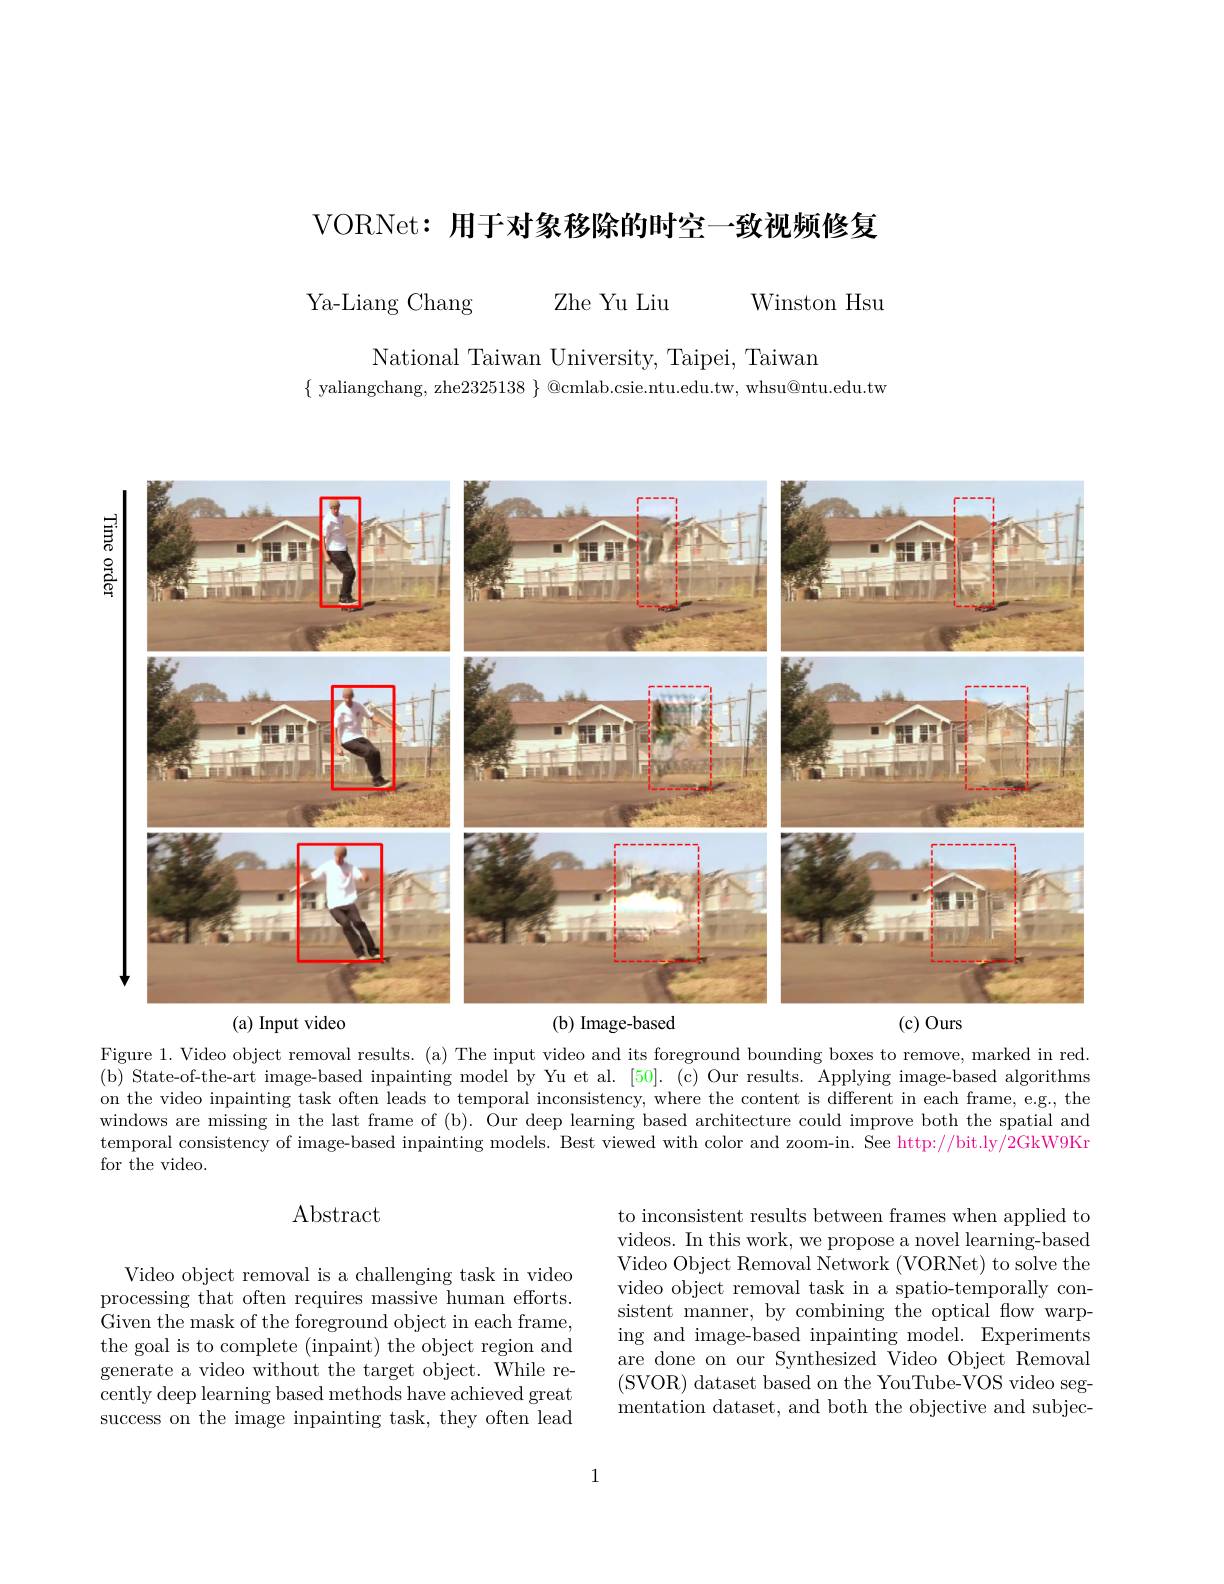
VORNet: 用于对象移除的时空一致视频修复

Ya-Liang Chang Zhe Yu Liu Winston Hsu

National Taiwan University, Taipei, Taiwan
$\{$ yaliangchang, zhe$2325138\}$ @cmlab.csie.ntu.edu.tw, whsu@ntu.edu.tw

<FigureHere>
(a) Input video
( b) Image- based
$(c)Ours$

Figure 1. Video object removal results. (a) The input video and its foreground bounding boxes to remove, marked in red. (b) State-of-the-art image-based inpainting model by Yu et al. [50]. (c) Our results. Applying image-based algorithms on the video inpainting task often leads to temporal inconsistency, where the content is different in each frame, e.g., the windows are missing in the last frame of (b). Our deep learning based architecture could improve both the spatial and temporal consistency of image-based inpainting models. Best viewed with color and zoom-in. See http://bit.ly/2GkW9Kr for the video.

### Abstract

to inconsistent results between frames when applied to videos. In this work, we propose a novel learning-based Video Object Removal Network (VORNet) to solve the video object removal task in a spatio-temporally consistent manner, by combining the optical flow warping and image-based inpainting model. Experiments are done on our Synthesized Video Object Removal (SVOR) dataset based on the YouTube-VOS video segmentation dataset, and both the objective and subjec-

Video object removal is a challenging task in video processing that often requires massive human efforts. Given the mask of the foreground object in each frame, the goal is to complete (inpaint) the object region and generate a video without the target object. While recently deep learning based methods have achieved great success on the image inpainting task, they often lead

1